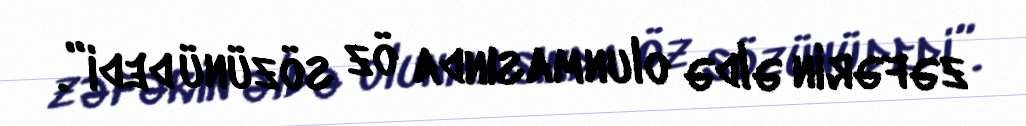
zəfərin əldə olunmasında öz sözünü dedi”.